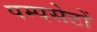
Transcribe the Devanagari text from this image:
पम्पसेटों